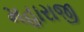
મહારાજી